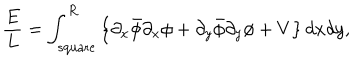
LaTeX: \frac { E } { L } = \int _ { \mathrm { { s q u a r e } } } ^ { R } \left\{ \partial _ { x } \bar { \phi } \partial _ { x } \phi + \partial _ { y } \bar { \phi } \partial _ { y } \phi + V \right\} d x d y ,